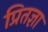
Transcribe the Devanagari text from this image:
प्रितज्ञा